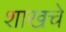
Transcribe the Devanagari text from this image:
शाखचे